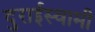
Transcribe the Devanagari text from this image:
दुराईस्वामी